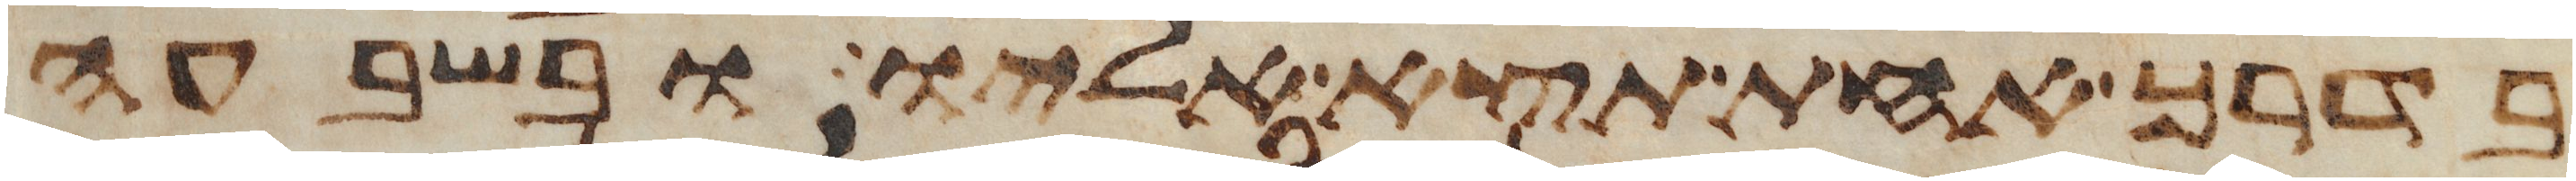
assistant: בדרך אחת תצא אליו ובשבעה